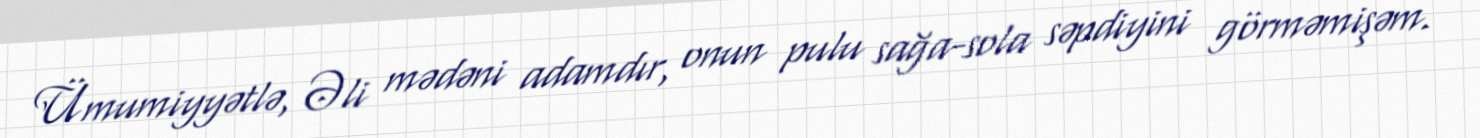
Ümumiyyətlə, Əli mədəni adamdır, onun pulu sağa-sola səpdiyini görməmişəm.